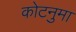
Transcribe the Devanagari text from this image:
कोटनुमा